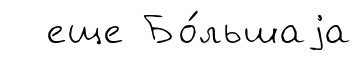
еще Бо́льшаjа